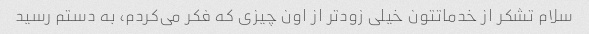
سلام تشکر از خدماتتون خیلی زودتر از اون چیزی که فکر می‌کردم، به دستم رسید